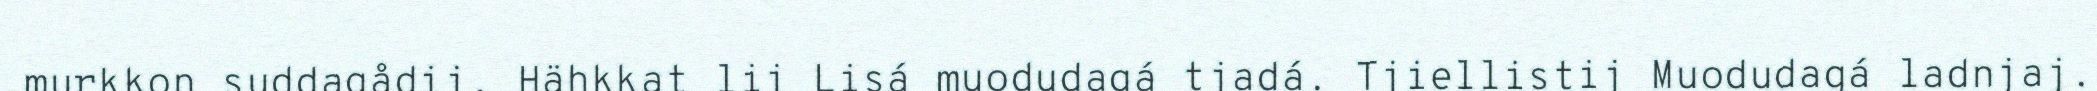
murkkon suddagådij. Hähkkat lij Lisá muodudagá tjadá. Tjiellistij Muodudagá ladnjaj.